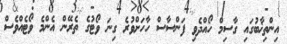
އިންތިޚާބުގައި ގާސިމް ހޯއްދެވި ފަންސާސް ހާހަށްވުރެ ގިނަ ވޯޓުގެ ތެރޭން އެންމެ ވޯޓެއްވެސް